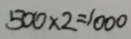
5 0 0 \times 2 = 1 0 0 0